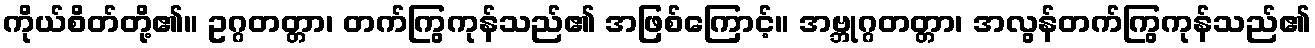
ကိုယ်စိတ်တို့၏။ ဥဂ္ဂတတ္တာ၊ တက်ကြွကုန်သည်၏ အဖြစ်ကြောင့်။ အဗ္ဘုဂ္ဂတတ္တာ၊ အလွန်တက်ကြွကုန်သည်၏